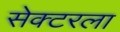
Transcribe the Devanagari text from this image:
सेक्‍टरला